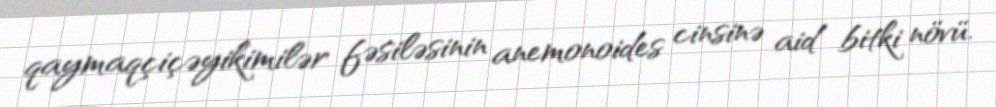
qaymaqçiçəyikimilər fəsiləsinin anemonoides cinsinə aid bitki növü.